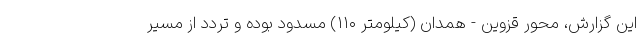
این گزارش، محور قزوین - همدان (کیلومتر ۱۱۰) مسدود بوده و تردد از مسیر